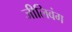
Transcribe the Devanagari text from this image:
जीलिवंग